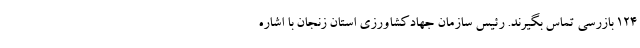
۱۲۴ بازرسی تماس بگیرند. رئیس سازمان جهادکشاورزی استان زنجان با اشاره